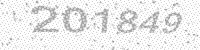
Solution: 201849